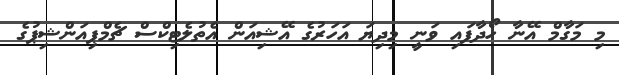
މި މަގާމް އޭނާ ހޯދާފައި ވަނީ މިދިޔަ އަހަރުގެ އޭޝިއަން އެތުލެޓިކްސް ޗެމްޕިއަންޝިޕުގެ